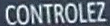
CONTROLEZ